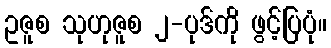
ဥဇူစ သုဟုဇူစ ၂-ပုဒ်ကို ဖွင့်ပြပုံ။